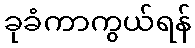
ခုခံကာကွယ်ရန်